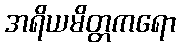
အရိယမိတ္တကရော